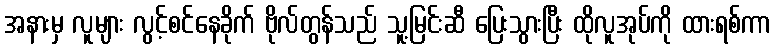
အနားမှ လူများ လွင့်စင်နေခိုက် ဗိုလ်တွန်သည် သူ့မြင်းဆီ ပြေးသွားပြီး ထိုလူအုပ်ကို ထားရစ်ကာ